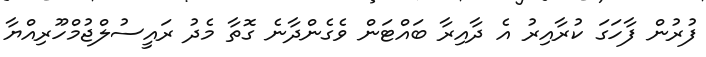
ފުރުން ފާހަގަ ކުރާއިރު އެ ދާއިރާ ބައްޓަން ވެގެންދާނެ ގޮތާ މެދު ރައީސުލްޖުމްހޫރިއްޔާ